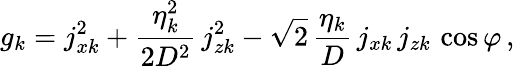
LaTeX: g_{k}=j_{xk}^{2}+\frac{\eta_{k}^{2}}{2D^{2}}\, j_{zk}^{2}-\sqrt{2}\, \frac{\eta_{k}}{D}\, j_{xk}\, j_{zk}\, \cos\varphi\, ,